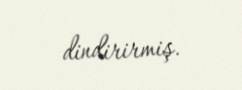
dindirirmiş.